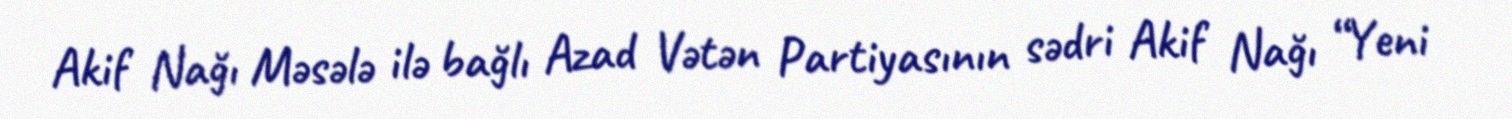
Akif Nağı Məsələ ilə bağlı Azad Vətən Partiyasının sədri Akif Nağı “Yeni